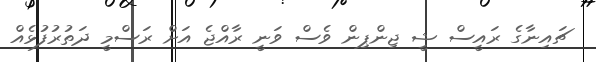
ޗައިނާގެ ރައީސް ޝީ ޖިންޕިން ވެސް ވަނީ ރާއްޖެ އަށް ރަސްމީ ދަތުރުފުޅެއް